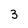
Character: 3